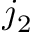
j _ { 2 }